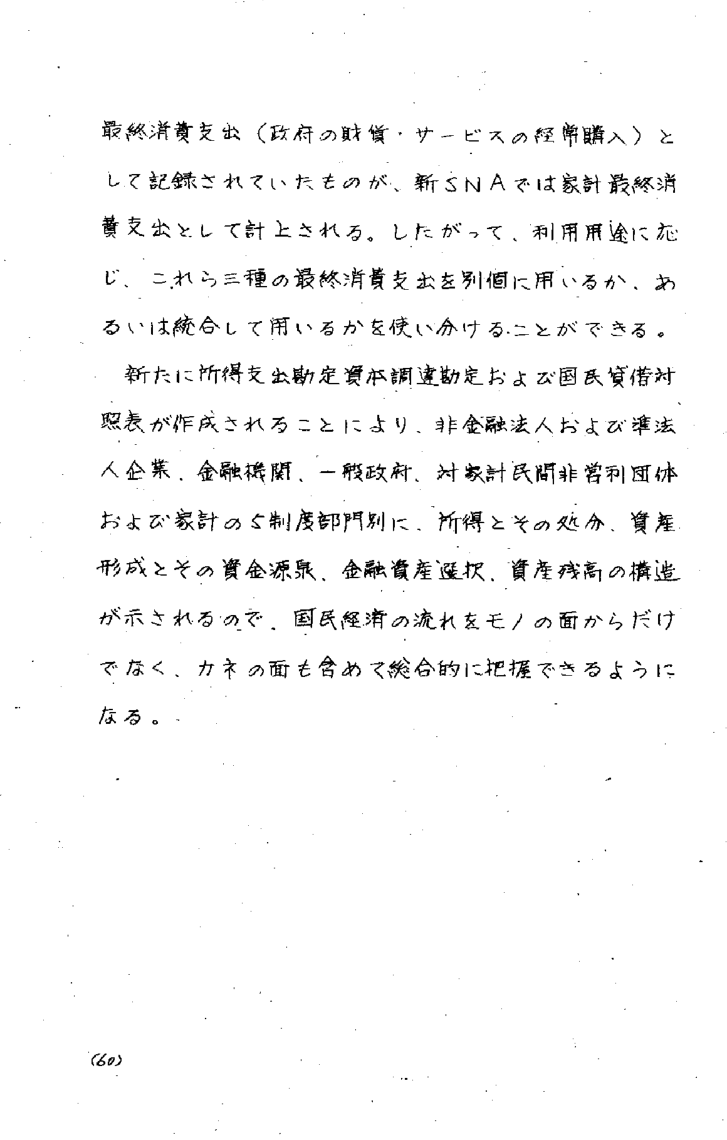
最終消費支出（政府の財貨・サービスの経常購入）として記録されていたものが、新SNAでは家計最終消費支出として計上される。したがって、利用用途に応じ、これら三種の最終消費支出を別個に用いるか、あるいは統合して用いるかを使い分けることができる。

新たに所得支出勘定資本調達勘定および国民貸借対照表が作成されることにより、非金融法人および準法人企業、金融機関、一般政府、対象計民間非営利団体および家計の5制度部門別に、所得とその処分、資産形成とその資金源泉、金融資産選択、資産残高の構造が示されるので、国民経済の流れをモノの面からだけでなく、カネの面も含めて総合的に把握できるようになる。

(60)